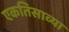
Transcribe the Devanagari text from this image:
एकतिसाव्या